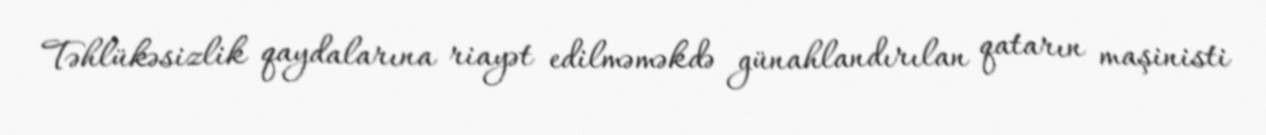
Təhlükəsizlik qaydalarına riayət edilməməkdə günahlandırılan qatarın maşinisti